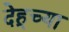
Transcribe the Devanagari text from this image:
देहूच्या